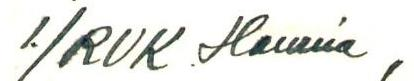
1./RUK. Hamina,